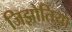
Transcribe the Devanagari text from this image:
जिझोतिया